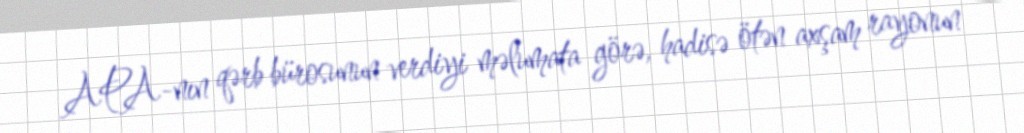
APA-nın qərb bürosunun verdiyi məlumata görə, hadisə ötən axşam rayonun